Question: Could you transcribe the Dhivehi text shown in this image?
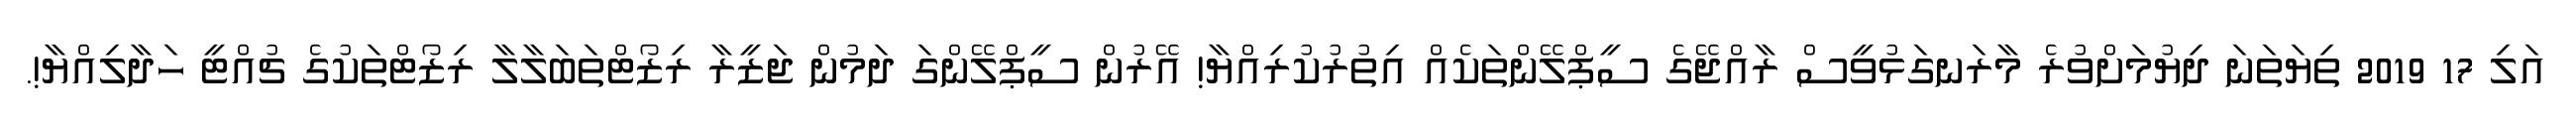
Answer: އަލި 17 2019 ތިޔަތަނަ ދިޔުމަށްވުރެ މާރަނގަޅުވީސް ރާއްޖޭގެ ސީޕްލޭންތަކެއް އިތުރުކުރިއްޔާ! އޭރުން ސީޕްލޭންގަ ދަމުން ޖަޒީރާ ރިޒޯޓްތަބަލާލާ ރިޒޯޓްތަކުގެ ޗުއްޓީ ހަދާލިއްޔާ!.